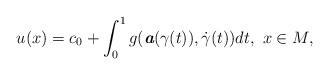
LaTeX: \begin{align*} u(x)=c_0+\int_0^1 g(\textit{\textbf{a}}(\gamma(t)),\dot \gamma(t))dt,\ x\in M, \end{align*}